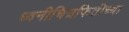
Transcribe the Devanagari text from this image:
ध्वनीचित्रफितीच्या